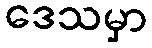
ဒေသမှာ